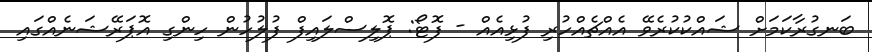
ބަނގުރާކަމަށް ޝައްކުކުރެވޭ އެއްޗެއްހުރި ފުޅިއެއް - ފޮޓޯ: ޕޮލިސްލައިފް ފުލުހުން ހިންގި އޮޕަރޭޝަނެއްގައި